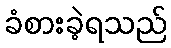
ခံစားခဲ့ရသည်